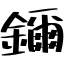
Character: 鑈